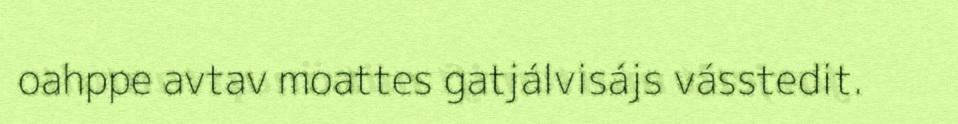
oahppe avtav moattes gatjálvisájs vásstedit.